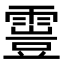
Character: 𩄟